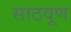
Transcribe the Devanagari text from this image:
साठवूण